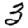
Digit: 3